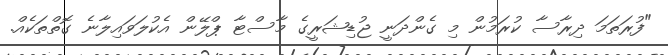
"ފުރަތަމަ ދިރާސާ ކުރަމުން މި ގެންދަނީ ޖުޑިޝަރީގެ މާސްޓާ ޕްލޭން އެކުލަވައިލާނެ ގޮތްތަކެއް.